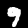
Label: 9